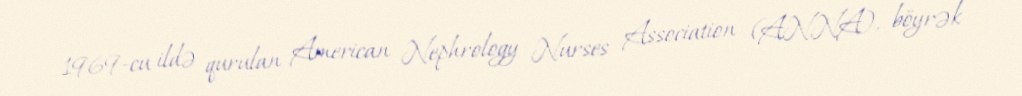
1969-cu ildə qurulan American Nephrology Nurses Association (ANNA), böyrək